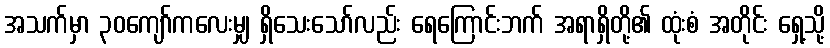
အသက်မှာ ၃၀ကျော်ကလေးမျှ ရှိသေးသော်လည်း ရေကြောင်းဘက် အရာရှိတို့၏ ထုံးစံ အတိုင်း ရှေ့သို့